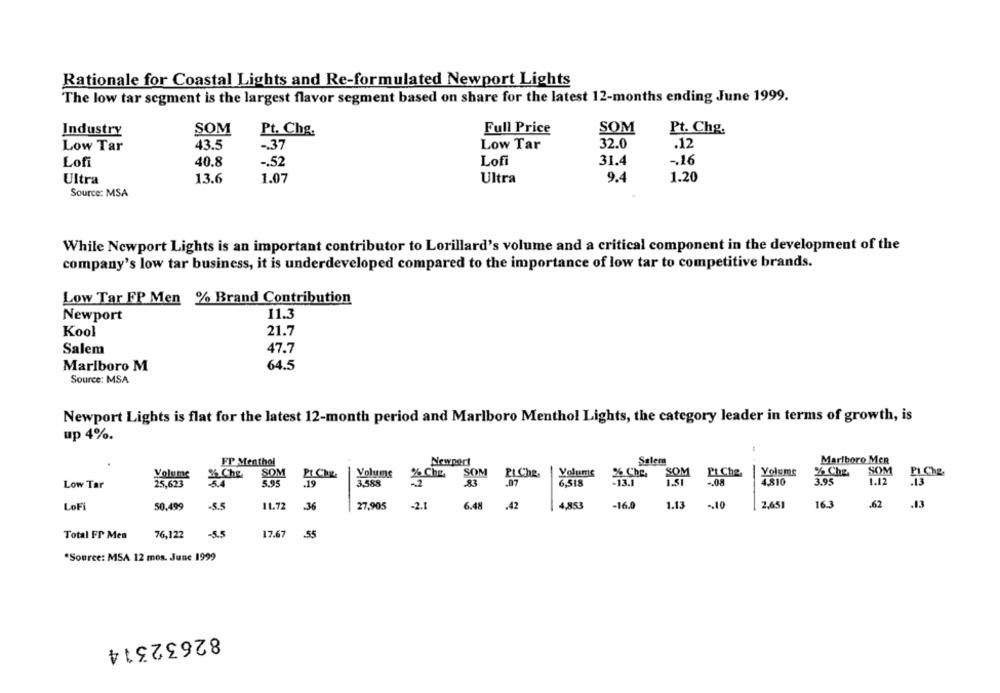
Rationale for Coastal Lights and Re-formulated Newport Lights
The low tar segment is the largest flavor segment based on share for the latest 12-months ending June 1999.
Industry
SOM
Pt. Chg.
Full Price
SOM
Pt. Chg.
Low Tar
43.5
-. 37
Low Tar
32.0
.12
Lofi
40.8
-. 52
Lofi
31.4
-. 16
Ultra
13.6
1.07
Ultra
9.4
1.20
Source: MSA
While Newport Lights is an important contributor to Lorillard's volume and a critical component in the development of the
company's low tar business, it is underdeveloped compared to the importance of low tar to competitive brands.
Low Tar FP Men % Brand Contribution
Newport
11.3
Kool
21.7
Salem
47.7
Marlboro M
64.5
Source: MSA
Newport Lights is flat for the latest 12-month period and Marlboro Menthol Lights, the category leader in terms of growth, is
up 4%.
FP Menthol
Newport
Salem
Marlboro Men
SOM
SOM
Volume
SOM
Volume
% Che
SOM
Pt Che
Volume
% Che.
PI Che.
Volume
2% Che.
Pt Che.
% Chz.
PICHZ.
Low Tar
25,623
3.4
5.95
.19
3,588
-2
83
.07
6,518
-13.1
1.51
-. 08
4.810
3.95
1.12
.13
LoFi
50,499
-5.5
11.72
-36
27,905
-2.1
6.48
.42
4.853
-16.0
1.13
-. 10
2,651
16.3
.62
.13
Total FP Men
76,122
-5.5
17.67
55
"Source: MSA 12 mes. June 1999
82632314